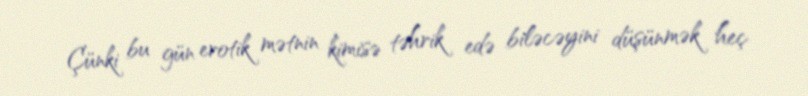
Çünki bu gün erotik mətnin kimisə təhrik edə biləcəyini düşünmək heç